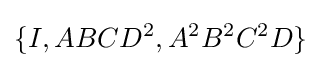
\{I,ABCD^{2},A^{2}B^{2}C^{2}D\}